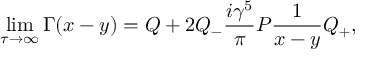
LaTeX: \operatorname * { l i m } _ { \tau \rightarrow \infty } \Gamma ( x - y ) = Q + 2 Q _ { - } \frac { i \gamma ^ { 5 } } { \pi } { \cal P } \frac { 1 } { x - y } Q _ { + } ,